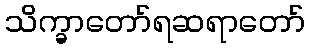
သိက္ခာတော်ရဆရာတော်